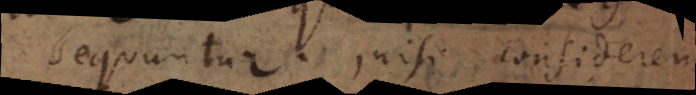
sequuntur, nisi considerem